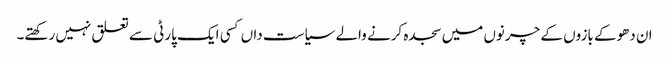
ان دھوکے بازوں کے چرنوں میں سجدہ کرنے والے سیاست داں کسی ایک پارٹی سے تعلق نہیں رکھتے۔